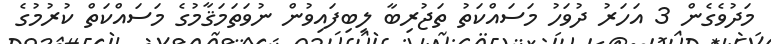
މަދުވެގެން 3 އަހަރު ދުވަހު މަސައްކަތު ތަޖުރިބާ ލިބިފައިވުން ނުވަތަމަޤާމުގެ މަސައްކަތް ކުރުމުގެ